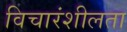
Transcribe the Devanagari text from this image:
विचारंशीलता